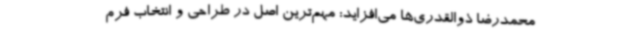
محمدرضا ذوالقدری‌ها می‌افزاید: مهم‌ترین اصل در طراحی و انتخاب فرم